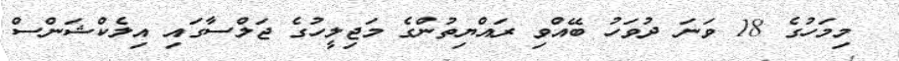
މިމަހުގެ 18 ވަނަ ދުވަހު ބޭއްވި ރައްޔިތުންގެ މަޖިލީހުގެ ޖަލްސާގައި އިލެކްޝަންސް